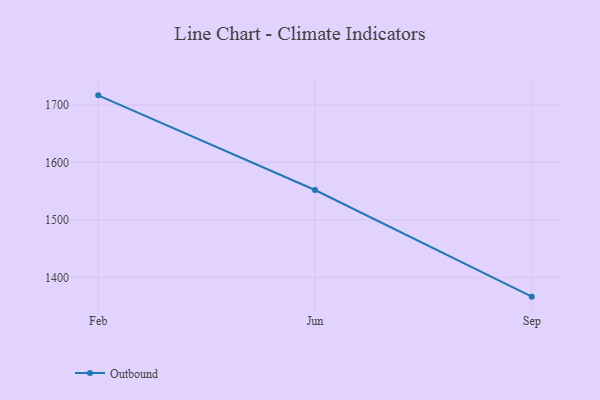
{"axis": {"x": "Month", "y": "Population (Million)"}, "legend": ["Outbound"], "data": [{"x": "Feb", "y": 1716.7, "type": "Outbound"}, {"x": "Jun", "y": 1552.0, "type": "Outbound"}, {"x": "Sep", "y": 1366.4, "type": "Outbound"}]}